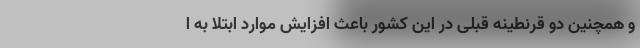
و همچنین دو قرنطینه قبلی در این کشور باعث افزایش موارد ابتلا به ا